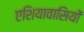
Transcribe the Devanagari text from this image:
एशियावासियों